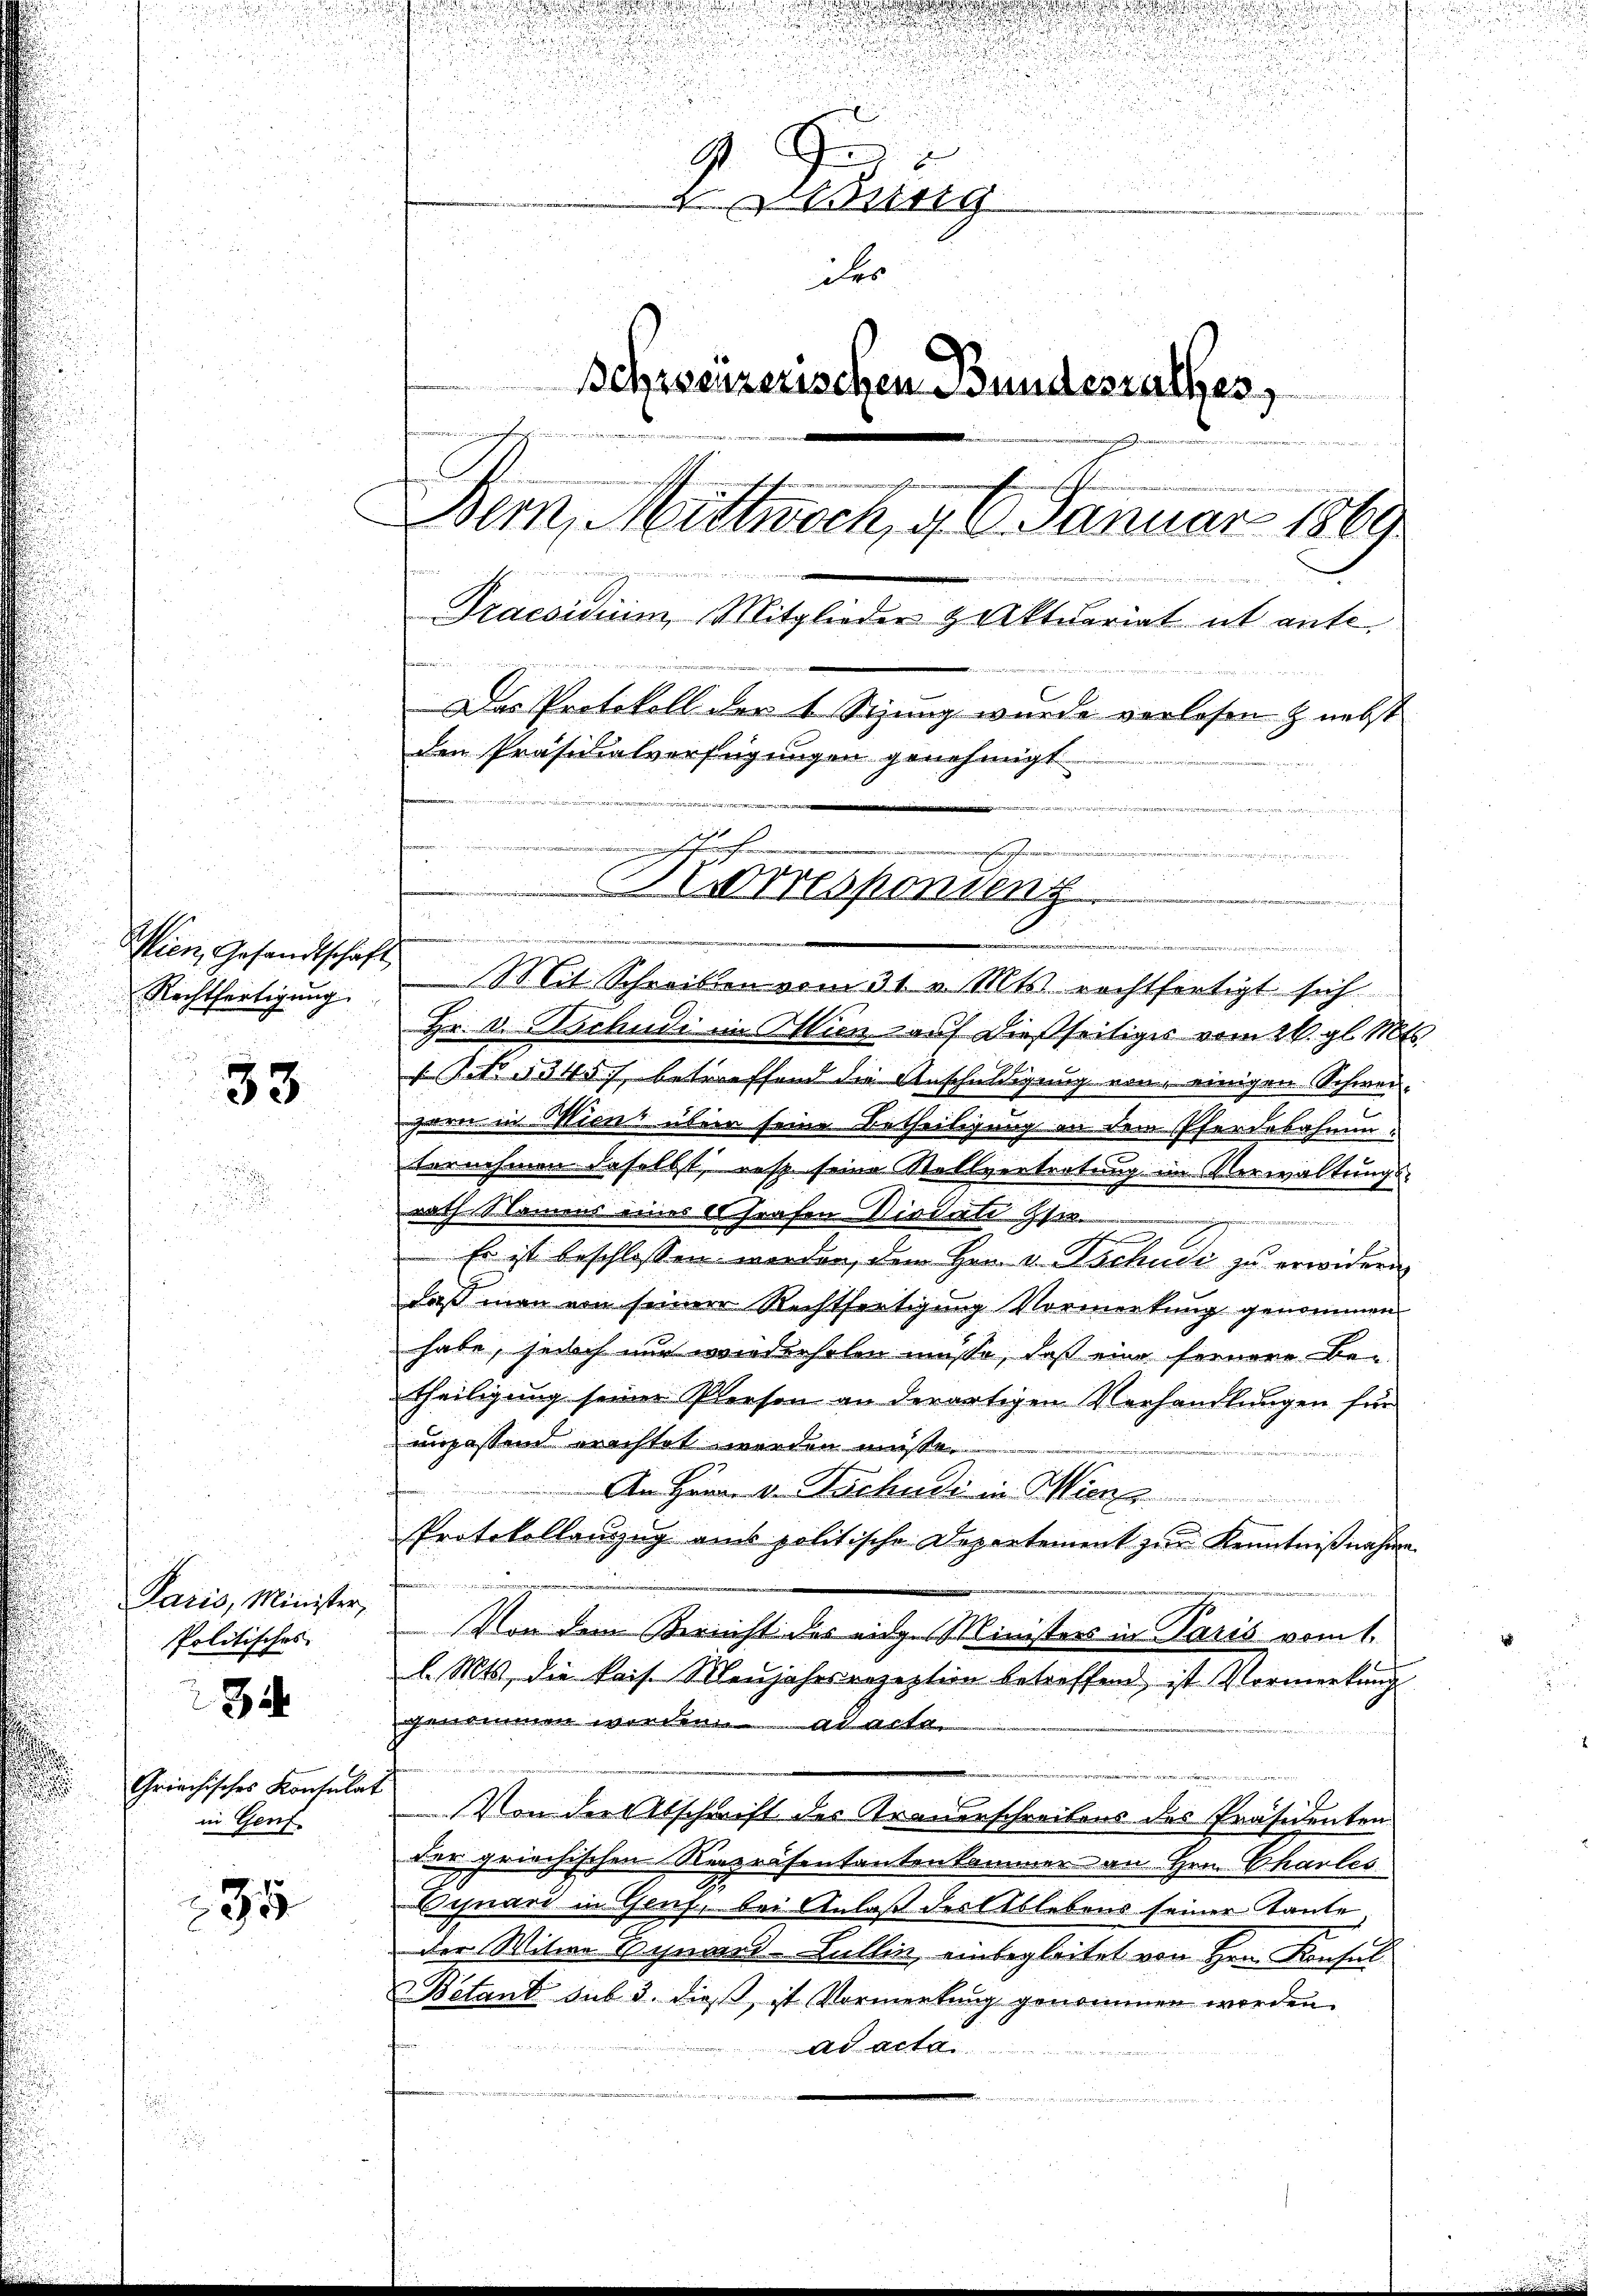
Wien, Gesandtschaft
Rechtfertigung.

33

Paris, Minister,
Politisches

3i

Griechisches Konsulat
in Genf.

135

G
9
g
des
Schreizerischen Bundesrathes,

Dem Mittwoch, g 16. Januar 1869
2
Praesidium Mitglieder & Aktuariat ist ante
Das Protokoll der 1 Sizung wurde verlesen & nebst
den Präsidialverfügungen genehmigt
e
u
r
.
orrespondenz
aierneren

u

e
Mit Schriben vom 31. v. Mts. rechtfertigt sich
Hr. v. Tschudi im Illien auf dießseitiges vom 24. gl. Mts.
Po § 3457, betreffend die Anschuldigung von einigen Schwergarn in Wien über seine Betheiligung an dem Pferdebahnuntornehmen daselbst, resp. seine Stellvertretung im Verwaltungs-
nach Namens eines Strafen Wiederte Spr
t
Er ist beschlossen werden, dem Hrn. v. Tschudi zu erwidern
daß man von seiner Rechtfertigung Vormerkung genommen
habe, seisch nur wiederholen müsse, daß eine fernere Be-
theiligung seiner Person an derartigen Verhandlungen für
unfassend erachtet werden müße.
An Herr v. Kuchudi in Wierl
Protokollanzug aus politische Departement zur Kenntnißnahme.
Von dem Bericht des eidge Ministers in Paris vom 1.
l. Mts., die kais. Neujahrsrezeption betreffend ist Vormerkung
genommen worden. Mai
i
Von der Abschrift des Arauerschreibens des Präsidenten
der griechischen Repräsentantenkammer an Hrn. Charles
Begnard in Genz, bei Anlaß der Ablebens seiner Tante
der Witwe Egnard Lullin, einbegleitet von Hrn. Konsul
Betant sub 3. dieß, ist Vormerkung genommen werden.
Ad acta